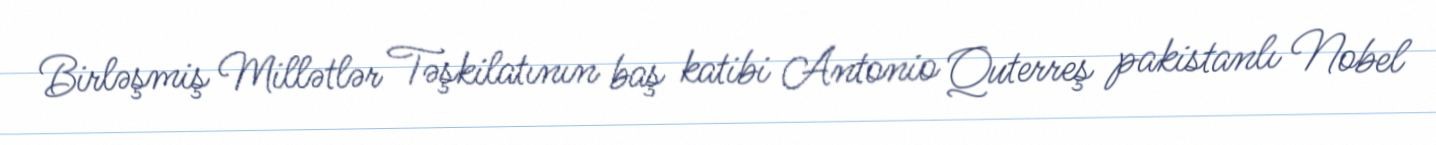
Birləşmiş Millətlər Təşkilatının baş katibi Antonio Quterreş pakistanlı Nobel